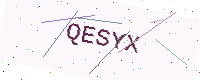
Text: QESYX